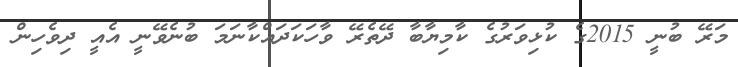
މަރޭ ބުނީ 2015ގެ ކުޅިވަރުގެ ކާމިޔާބާ ދޭތެރޭ ވާހަކަދައްކާނަމަ ބުނެވޭނީ އެއީ ދިވެހިން